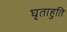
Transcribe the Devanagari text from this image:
घृताहुति